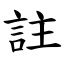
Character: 註